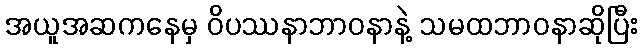
အယူအဆကနေမှ ဝိပဿနာဘာဝနာနဲ့ သမထဘာဝနာဆိုပြီး